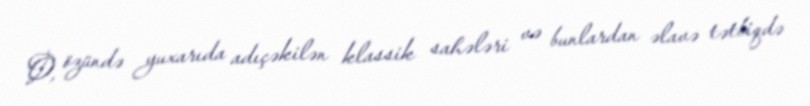
O, özündə yuxarıda adıçəkilən klassik sahələri və bunlardan əlavə tətbiqdə